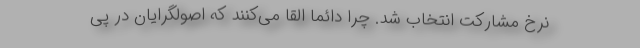
نرخ مشارکت انتخاب شد. چرا دائما القا می‌کنند که اصولگرایان در پی